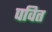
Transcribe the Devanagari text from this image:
पवित